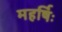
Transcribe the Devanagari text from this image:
महर्षिः